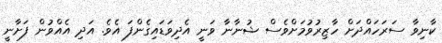
ކާނިވާ ސަރަހައްދަށް ހާޒިރުވުމަށްވެސް ޝުނާނާ ވަނީ އެދިވަޑައިގެންފަ އެވެ. އަދި އެއްވުން ފަށާނީ